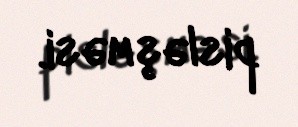
pisləşməsi.